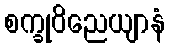
စက္ခုဝိညေယျာနံ